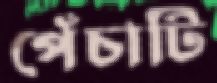
পেঁচাটি